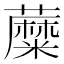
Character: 𧂾